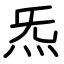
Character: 炁